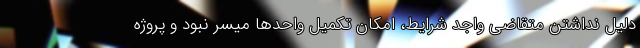
دلیل نداشتن متقاضی واجد شرایط، امکان تکمیل واحدها میسر نبود و پروژه